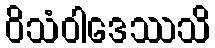
ဝိသံဝါဒေဿသိ